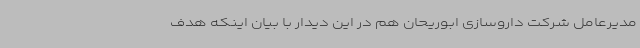
مدیرعامل شرکت داروسازی ابوریحان هم در این دیدار با بیان اینکه هدف